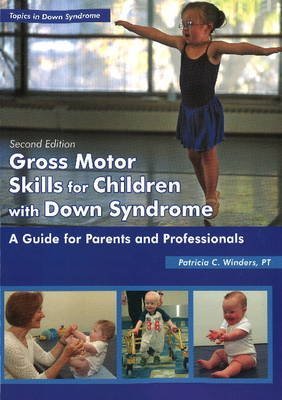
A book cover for By Patricia C. Winders Gross Motor Skills for Children With Down Syndrome: A Guide for Parents and Professionals (Topics in (2nd Edition); Health, Fitness & Dieting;